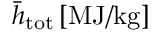
\bar { h } _ { \mathrm { t o t } } \, \mathrm { [ M J / k g ] }